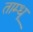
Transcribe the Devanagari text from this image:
ताम्धू